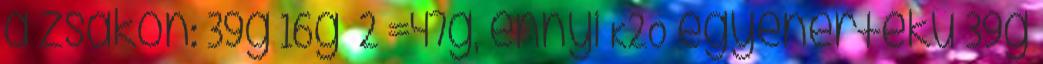
a zsákon: 39g 16g 2 =47g, ennyi K2O egyenértékű 39g